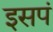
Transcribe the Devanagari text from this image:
इसपं